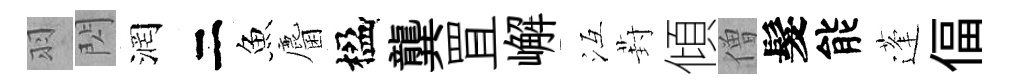
羽閃润二魚麕楹龔罝嶰冱葑傾僧髮能蓬偪